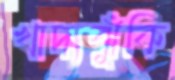
খাদ্যঝুঁকি